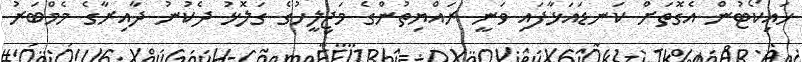
ހައިކޯޓުން އެގޮތަށް ކަނޑައަޅާފައި ވަނީ ރައްޔިތުންގެ މަޖިލީހުގެ ގަލޮޅު ދެކުނު ދާއިރާގެ މެމްބަރު